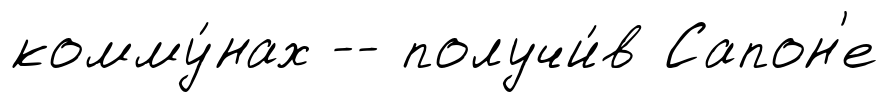
комму́нах -- получи́в Сапон'е